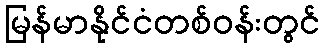
မြန်မာနိုင်ငံတစ်ဝန်းတွင်